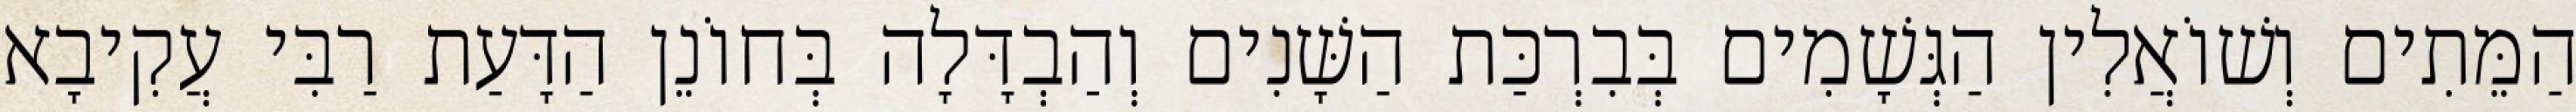
הַמֵּתִים וְשׁוֹאֲלִין הַגְּשָׁמִים בְּבִרְכַּת הַשָּׁנִים וְהַבְדָּלָה בְּחוֹנֵן הַדָּעַת רַבִּי עֲקִיבָא